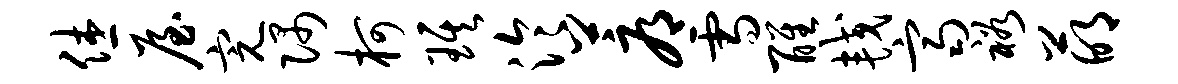
休屋完隅柯琪泠蓐雪醒较齐裕萌